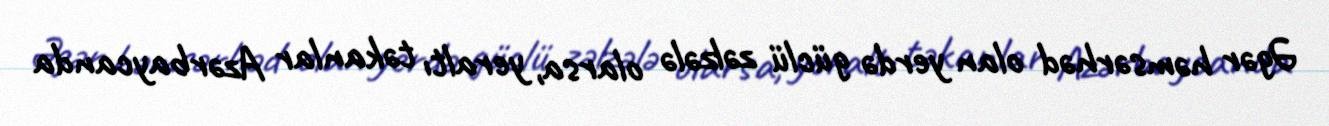
Əgər həmsərhəd olan yerdə güclü zəlzələ olarsa, yeraltı təkanlar Azərbaycanda